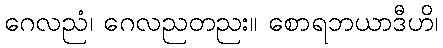
ဂေလညံ၊ ဂေလညတညး။ စောရဘယာဒီဟိ၊